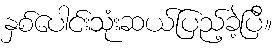
နှစ်ပေါင်းသုံးဆယ်ပြည့်ခဲ့ပြီ။